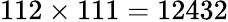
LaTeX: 112\times 111=12432